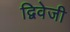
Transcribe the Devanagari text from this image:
द्विवेजी